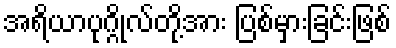
အရိယာပုဂ္ဂိုလ်တို့အား ပြစ်မှားခြင်းဖြစ်